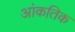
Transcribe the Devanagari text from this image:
आंकतिक